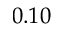
0 . 1 0